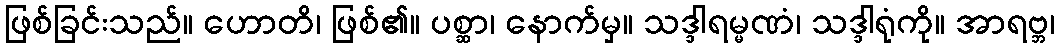
ဖြစ်ခြင်းသည်။ ဟောတိ၊ ဖြစ်၏။ ပစ္ဆာ၊ နောက်မှ။ သဒ္ဒါရမ္မဏံ၊ သဒ္ဒါရုံကို။ အာရဗ္ဘ၊